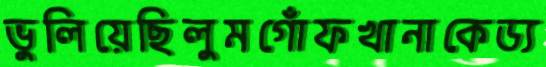
ভুলিয়েছিলুমগোঁফখানাকেড্য